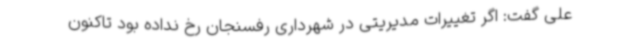
علی گفت: اگر تغییرات مدیریتی در شهرداری رفسنجان رخ نداده بود تاکنون